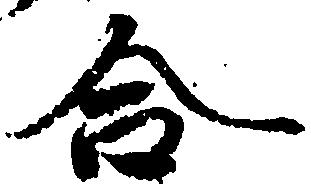
合